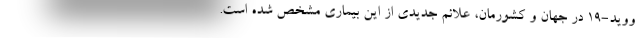
ووید-۱۹ در جهان و کشورمان، علائم جدیدی از این بیماری مشخص شده است.